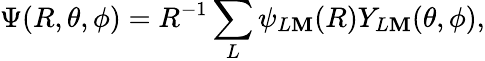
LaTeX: \Psi(R,\theta,\phi)=R^{-1}\sum_{L}\psi_{L\mathbf{M}}(R)Y_{L\mathbf{M}}(\theta,\phi),